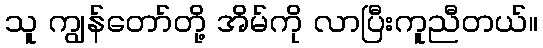
သူ ကျွန်တော်တို့ အိမ်ကို လာပြီးကူညီတယ်။